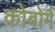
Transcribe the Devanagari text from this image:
कोबोर्ग